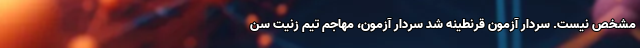
مشخص نیست. سردار آزمون قرنطینه شد سردار آزمون، مهاجم تیم زنیت سن‌